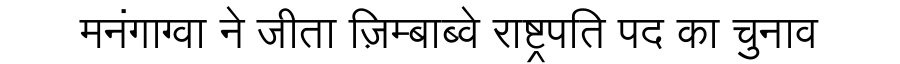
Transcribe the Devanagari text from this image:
मनंगाग्वा ने जीता ज़िम्बाब्वे राष्ट्रपति पद का चुनाव